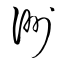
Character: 洲